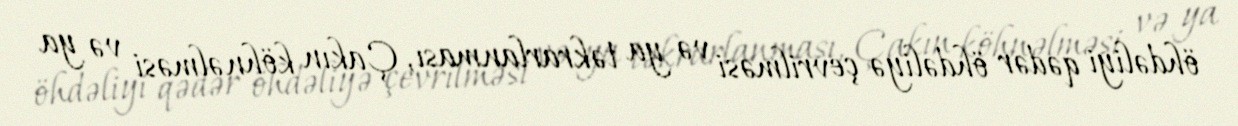
öhdəliyi qədər öhdəliyə çevrilməsi və ya təkrarlanması, Çakın köhnəlməsi və ya